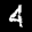
Label: 4